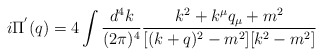
\begin{align*}i \Pi^{'}(q)= 4 \int \frac{d^4k}{ (2 \pi)^4 } \frac{k^2 + k^{\mu}q_{\mu} + m^2}{[(k+q)^2 - m^2][ k^2 - m^2]} \end{align*}